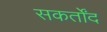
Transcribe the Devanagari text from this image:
सकर्तोंद